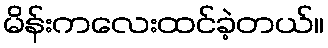
မိန်းကလေးထင်ခဲ့တယ်။